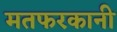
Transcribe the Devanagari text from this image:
मतफरकानी